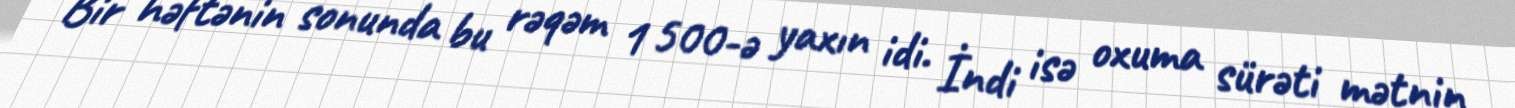
Bir həftənin sonunda bu rəqəm 1 500-ə yaxın idi. İndi isə oxuma sürəti mətnin